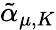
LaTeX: {\tilde{\alpha}}_{\mu,K}